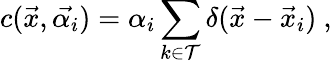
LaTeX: c(\vec{x},\vec{\alpha_{i}})=\alpha_{i}\sum_{k\in\mathcal{T}}\delta(\vec{x}-\vec{x}_{i})\ ,